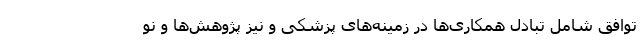
توافق شامل تبادل همکاری‌ها در زمینه‌های پزشکی و نیز پژوهش‌ها و نو